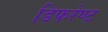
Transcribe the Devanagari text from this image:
डिफरेण्ट